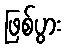
ဖြစ်ပွား